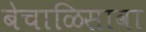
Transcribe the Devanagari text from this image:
बेचाळिसावा